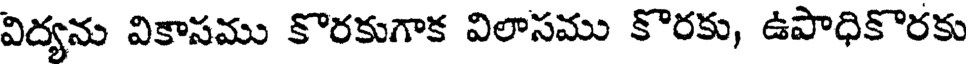
విద్యను వికాసము కొరకుగాక విలాసము కొరకు, ఉపాధికొరకు